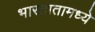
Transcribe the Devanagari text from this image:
भारतातामध्ये